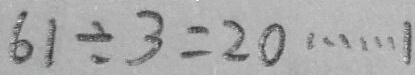
6 1 \div 3 = 2 0 \cdots 1